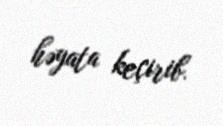
həyata keçirib.